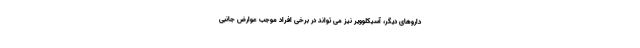
داروهای دیگر، آسیکلوویر نیز می تواند در برخی افراد موجب عوارض جانبی